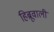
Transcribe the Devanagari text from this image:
हिब्रूवाली